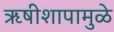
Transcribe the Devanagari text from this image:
ऋषीशापामुळे